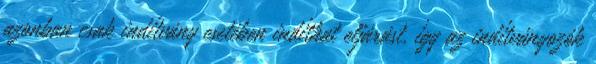
azonban csak indítvány esetében indíthat eljárást, így az indítványozók